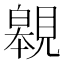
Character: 䚌